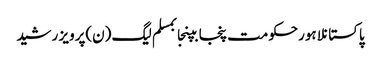
پاکستانلاہورحکومت پنجابپنجابمسلم لیگ (ن)پرویز رشید